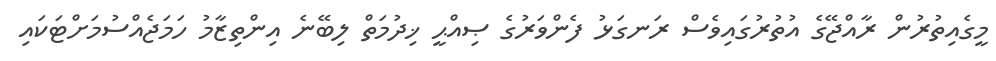
މީގެއިތުރުން ރާއްޖޭގެ އުތުރުގައިވެސް ރަނގަޅު ފެންވަރުގެ ޞިއްޙީ ޚިދުމަތް ލިބޭނެ އިންތިޒާމު ހަމަޖެއްސުމަށްޓަކައި